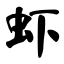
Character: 虾